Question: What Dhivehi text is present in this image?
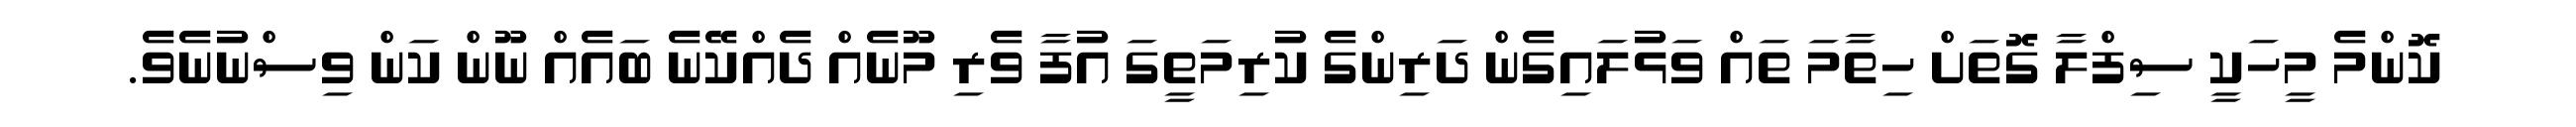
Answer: ކޮންމެ މީހަކީ ސިފްލާ ގޮތަށް ހިތާމަ ތައް ވަޅުލައިގެން ދަރިންގެ ކުރިމަތީގަ އުފާ ވެރި މޫނެއް ދެއްކޭނެ ބައެއް ނޫން ކަން ވިސްނުނެވެ.